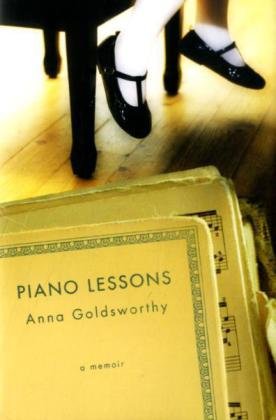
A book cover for Piano Lessons: A Memoir; Anna Goldsworthy; Biographies & Memoirs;